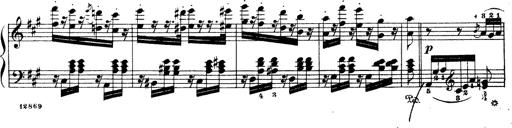
Title: Wagner-Liszt Album
Composer: Franz Liszt